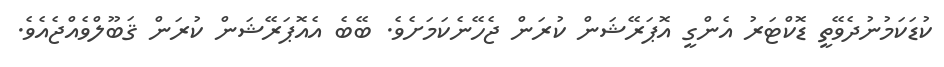
ކުޑަކަމުނުދެވޭތީ ޑޮކްޓަރު އެންގީ އޮޕަރޭޝަން ކުރަން ޖެހޭނެކަމަށެވެ. ބޭބެ އެއޮޕަރޭޝަން ކުރަން ޤަބޫލްވެއްޖެއެވެ.